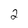
Character: 2